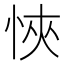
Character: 悏